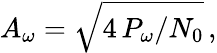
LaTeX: A_{\omega}=\sqrt{4\, P_{\omega}/N_{0}}\, \textrm{,}